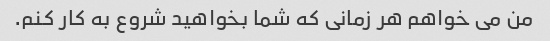
من می خواهم هر زمانی که شما بخواهید شروع به کار کنم.